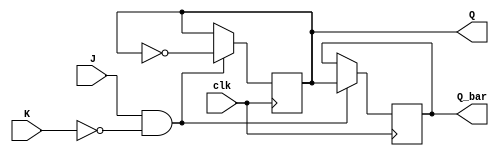
module JK_flipflop (
    input wire J,
    input wire K,
    input wire clk,
    output reg Q,
    output reg Q_bar
);

always @(posedge clk) begin
    if (J && ~K) begin
        Q <= ~Q;
        Q_bar <= Q;
    end else if (J && K) begin
        Q <= Q;
        Q_bar <= Q_bar;
    end
end

endmodule